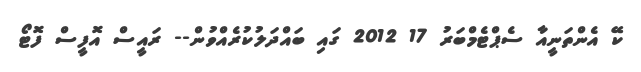
ކޭ އެންތަނީއާ ސެޕްޓެމްބަރު 17 2012 ގައި ބައްދަލުކުރެއްވުން-- ރައީސް އޮފީސް ފޮޓޯ